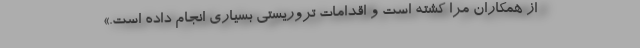
از همکاران مرا کشته است و اقدامات تروریستی بسیاری انجام داده است.»